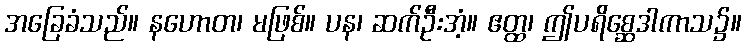
အခြေခံသည်။ နဟောတ၊ မဖြစ်။ ပန၊ ဆက်ဦးအံ့။ ဧတ္ထ၊ ဤပရိစ္ဆေဒါကာသ၌။